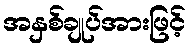
အနှစ်ချုပ်အားဖြင့်